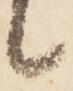
候